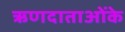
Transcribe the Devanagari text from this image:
ऋणदाताओंके